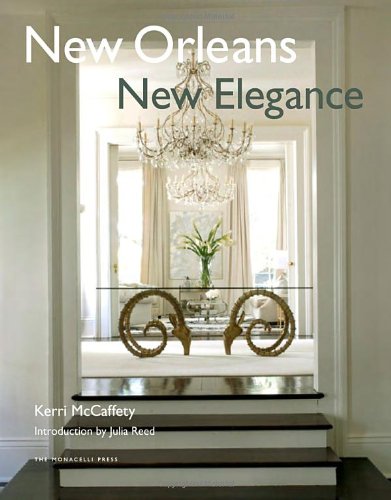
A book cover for New Orleans New Elegance; Kerri McCaffety; Arts & Photography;